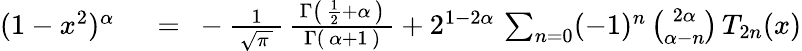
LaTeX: \begin{array}{rl}{(1-x^{2})^{\alpha}}&{{}~=~-{\frac{1}{\, {\sqrt{\pi\, }}\, }}\, {\frac{\, \Gamma\left(\, {\frac{1}{2}}+\alpha\, \right)\, }{\Gamma(\, \alpha+1\, )}}+2^{1-2\alpha}\, \sum_{n=0}(-1)^{n}\, {\binom{2\alpha}{\alpha-n}}\, T_{2n}(x)}\end{array}